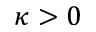
\kappa > 0